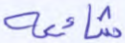
شائعة